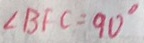
\angle B F C = 9 0 ^ { \circ }